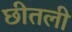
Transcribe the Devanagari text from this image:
छीतली